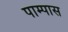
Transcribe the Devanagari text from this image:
पाम्पास